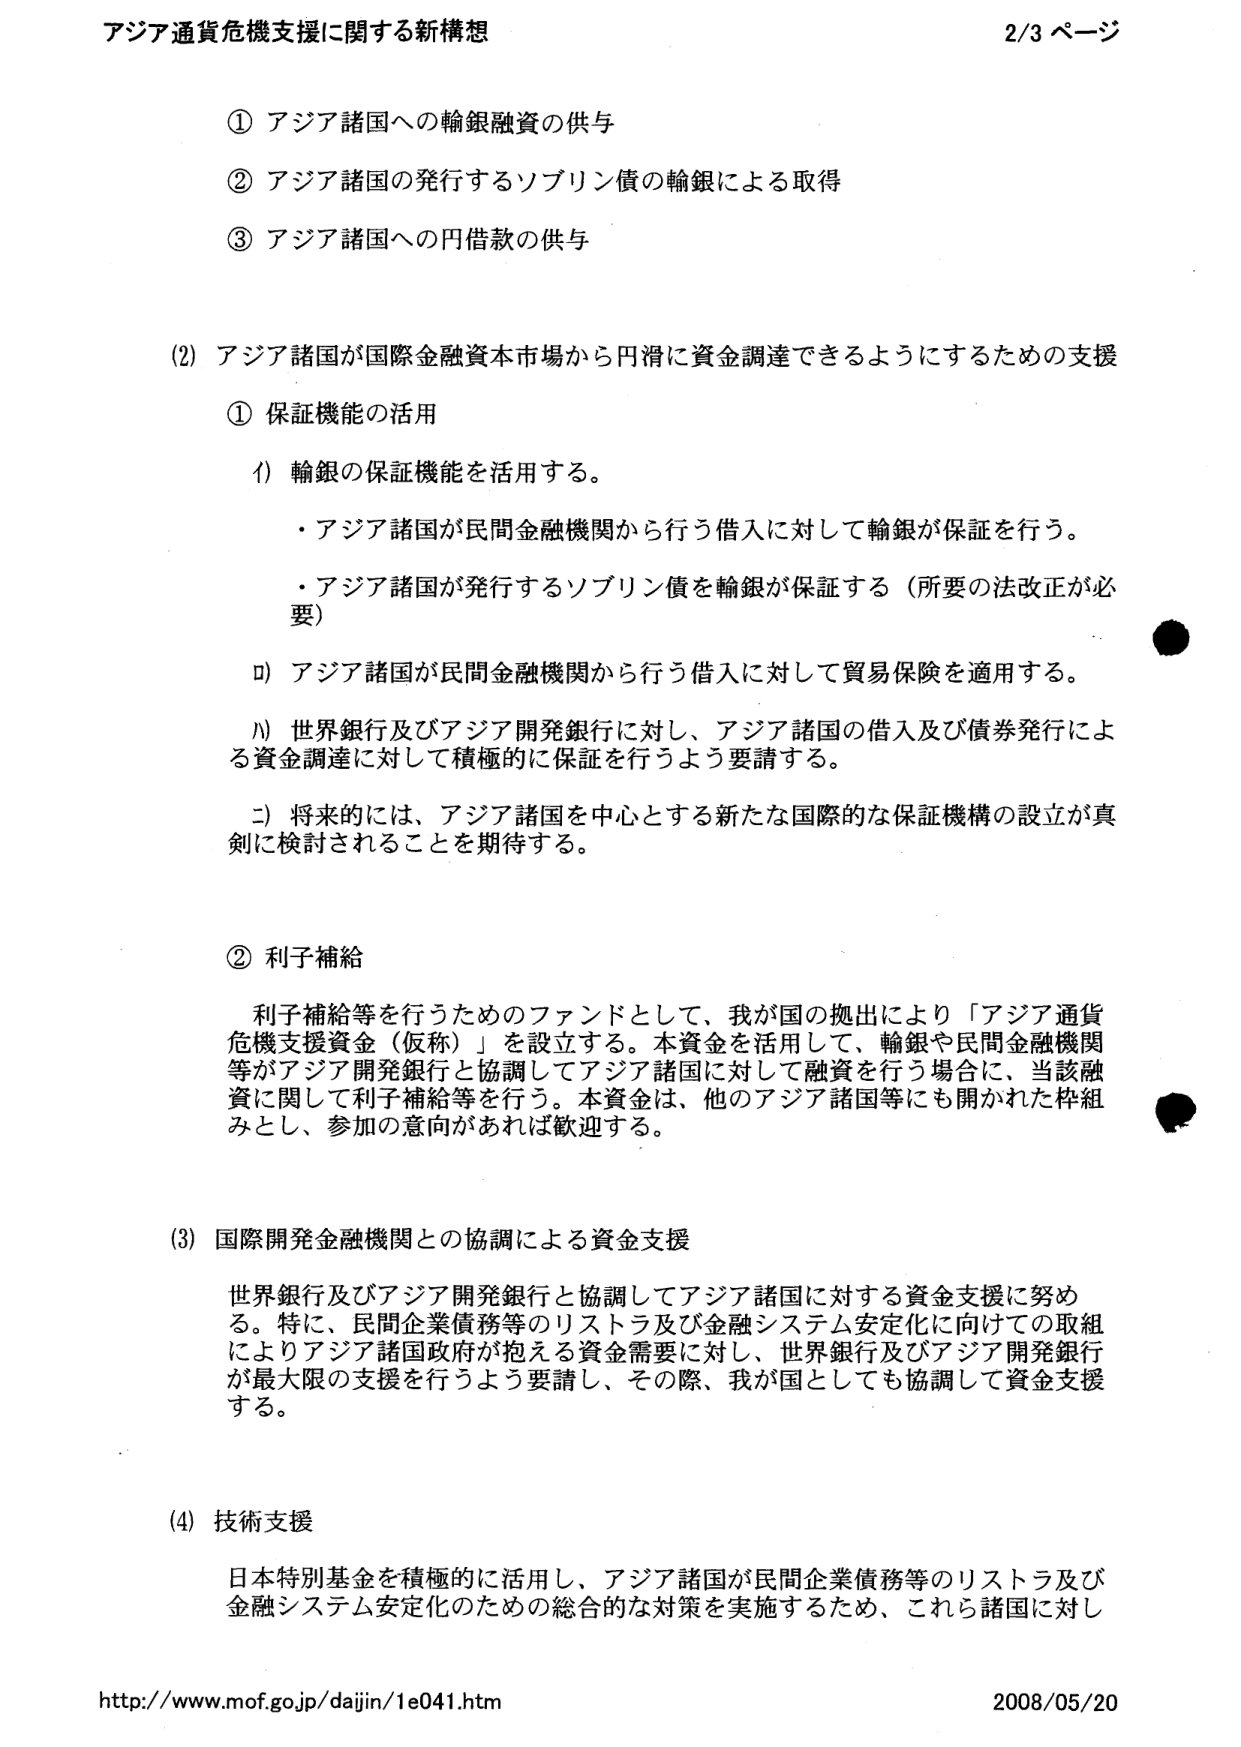
アジア通貨危機支援に関する新構想

① アジア諸国への輸銀融資の供与
② アジア諸国の発行するソブリン債の輸銀による取得
③ アジア諸国への円借款の供与

(2) アジア諸国が国際金融資本市場から円滑に資金調達できるようにするための支援

① 保証機能の活用

ⅰ) 輸銀の保証機能を活用する。
・アジア諸国が民間金融機関から行う借入に対して輸銀が保証を行う。
・アジア諸国が発行するソブリン債を輸銀が保証する（所要の法改正が必要）

ⅱ) アジア諸国が民間金融機関から行う借入に対して貿易保険を適用する。

ⅲ) 世界銀行及びアジア開発銀行に対し、アジア諸国の借入及び債券発行による資金調達に対して積極的に保証を行うよう要請する。

ⅳ) 将来的には、アジア諸国を中心とする新たな国際的な保証機構の設立が真剣に検討されることを期待する。

② 利子補給

利子補給等を行うためのファンドとして、我が国の拠出により「アジア通貨危機支援資金（仮称）」を設立する。本資金を活用して、輸銀や民間金融機関等がアジア開発銀行と協調してアジア諸国に対して融資を行う場合に、当該融資に関して利子補給等を行う。本資金は、他のアジア諸国等にも開かれた枠組みとし、参加の意向があれば歓迎する。

(3) 国際開発金融機関との協調による資金支援

世界銀行及びアジア開発銀行と協調してアジア諸国に対する資金支援に努める。特に、民間企業債務等のリストラ及び金融システム安定化に向けての取組によりアジア諸国政府が抱える資金需要に対し、世界銀行及びアジア開発銀行が最大限の支援を行うよう要請し、その際、我が国としても協調して資金支援する。

(4) 技術支援

日本特別基金を積極的に活用し、アジア諸国が民間企業債務等のリストラ及び金融システム安定化のための総合的な対策を実施するため、これら諸国に対し

http://www.mof.go.jp/daijin/1e041.htm 2008/05/20

2/3 ページ